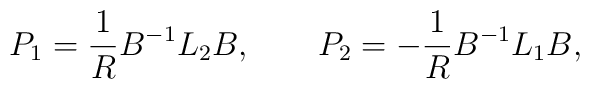
P_{1} = {1\over R} B^{-1} L_{2} B ,\qquad P_{2} = -{1\over R} B^{-1} L_{1} B ,